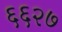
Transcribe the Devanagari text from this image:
६६२७